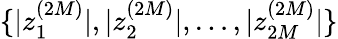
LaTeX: \{ |z_{1}^{(2M)}|,|z_{2}^{(2M)}|,\dots,|z_{2M}^{(2M)}|\}